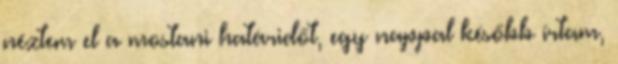
néztem el a mostani határidőt, egy nappal később írtam,